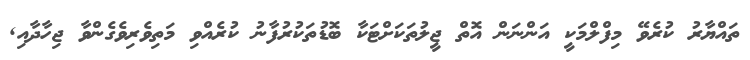
ތައްޔާރު ކުރެވޭ މިފްލްމަކީ އަންނަން އޮތް ޖީލުތަކަށްޓަކާ ބޮޑުތަކުރުފާނު ކުރެއްވި މަތިވެރިވެގެންވާ ޖިހާދާއި